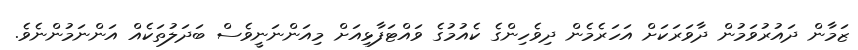
ޒަމާން ދައުރުވަމުން ދާވަރަކަށް އަހަރެމެން ދިވެހިންގެ ކެއުމުގެ ވައްޓަފާޅިއަށް މިއަންނަނީވެސް ބަދަލުތަކެއް އަންނަމުންނެވެ.